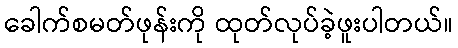
ခေါက်စမတ်ဖုန်းကို ထုတ်လုပ်ခဲ့ဖူးပါတယ်။